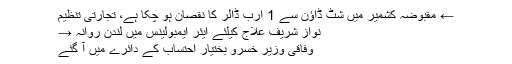
← مقبوضہ کشمیر میں شٹ ڈاؤن سے 1 ارب ڈالر کا نقصان ہو چکا ہے، تجارتی تنظیم
نواز شریف علاج کیلئے ایئر ایمبولینس میں لندن روانہ →
وفاقی وزیر خسرو بختیار احتساب کے دائرے میں آ گئے